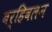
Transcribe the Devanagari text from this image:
बर्हिवलन